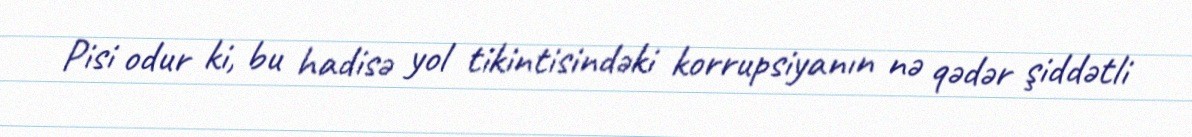
Pisi odur ki, bu hadisə yol tikintisindəki korrupsiyanın nə qədər şiddətli